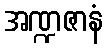
အဏ္ဍဇာနံ